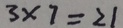
3 \times 7 = 2 1